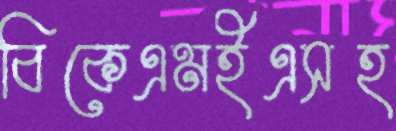
বিকেএমইএসহ